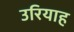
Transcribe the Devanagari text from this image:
उरियाह